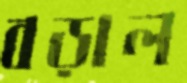
বড়াল